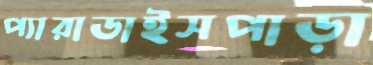
প্যারাডাইসপাড়া